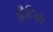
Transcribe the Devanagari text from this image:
प्लैटिनम